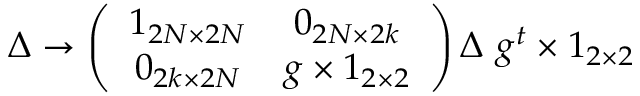
\Delta \rightarrow \left( \begin{array} { c c } { { 1 _ { 2 N \times 2 N } } } & { { 0 _ { 2 N \times 2 k } } } \\ { { 0 _ { 2 k \times 2 N } } } & { { g \times 1 _ { 2 \times 2 } } } \end{array} \right) \Delta ~ g ^ { t } \times 1 _ { 2 \times 2 }